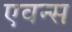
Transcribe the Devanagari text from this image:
एवन्स